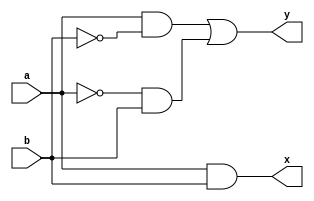
module half_adder(a,b,y,x);
input a,b;
output y,x;
assign y = (a&!b)|(!a&b);
assign x = a&b;
endmodule